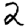
Digit: 2